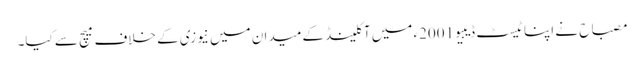
مصباح نے اپنا ٹیسٹ ڈیبیو 2001ء میں آکلینڈ کے میدان میں نیوزی کے خلاف میچ سے کیا۔